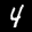
Label: 4